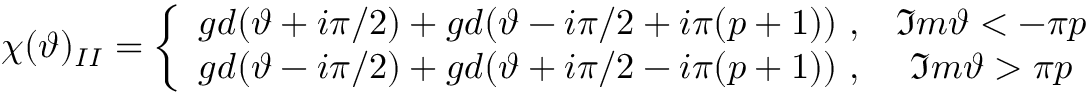
\chi ( \vartheta ) _ { I I } = \left\{ \begin{array} { c c } { { g d ( \vartheta + i \pi / 2 ) + g d ( \vartheta - i \pi / 2 + i \pi ( p + 1 ) ) \, \, , } } & { { \Im m \vartheta < - \pi p } } \\ { { g d ( \vartheta - i \pi / 2 ) + g d ( \vartheta + i \pi / 2 - i \pi ( p + 1 ) ) \, \, , } } & { { \Im m \vartheta > \pi p } } \end{array} \right.